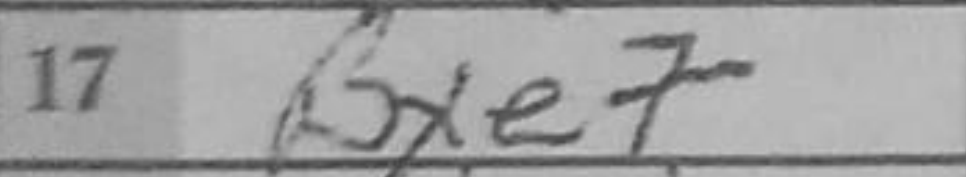
Transcription: Ng5